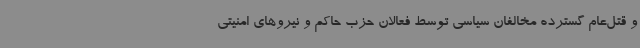
و قتل‌عام گسترده مخالفان سیاسی توسط فعالان حزب حاکم و نیروهای امنیتی